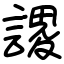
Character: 謖